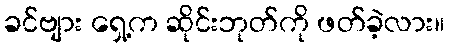
ခင်ဗျား ရှေ့က ဆိုင်းဘုတ်ကို ဖတ်ခဲ့လား။